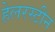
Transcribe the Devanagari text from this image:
हेलरस्टीन